Report on the working of the Ranchi Indian Mental Hospital, Kanke, in Bihar and Orissa - 1930-1940
Year: 1930
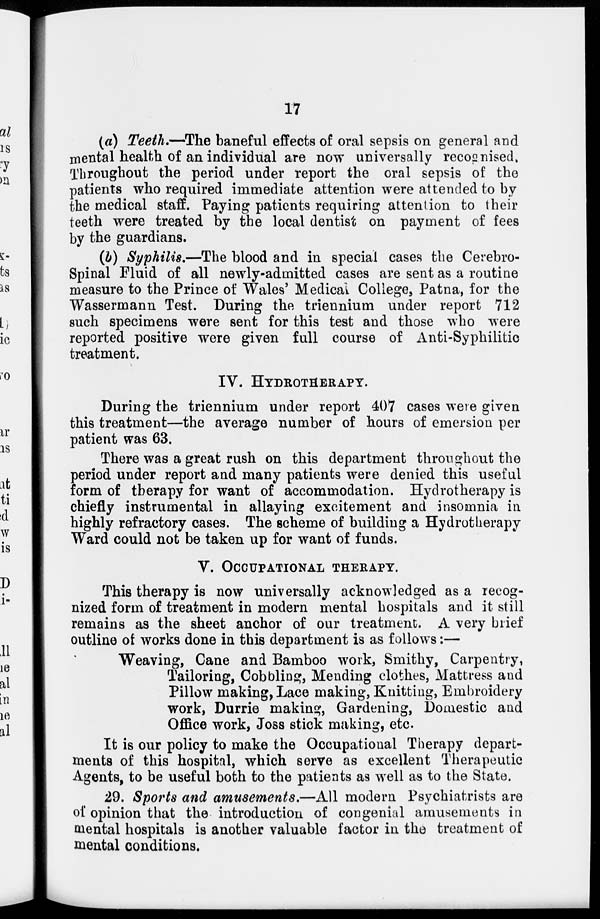
17
(a) Teeth.—The baneful effects of oral sepsis on general and
mental health of an individual are now universally recognised.
Throughout the period under report the oral sepsis of the
patients who required immediate attention were attended to by
the medical staff. Paying patients requiring attention to their
teeth were treated by the local dentist on payment of fees
by the guardians.
(b) Syphilis.—The blood and in special cases the Cerebro-
spinal Fluid of all newly-admitted cases are sent as a routine
measure to the Prince of Wales' Medical College, Patna, for the
Wassermann Test. During the triennium under report 712
such specimens were sent for this test and those who were
reported positive were given full course of Anti-Syphilitic
treatment.
IV. HYDROTHERAPY.
During the triennium under report 407 cases were given
this treatment—the average number of hours of emersion per
patient was 63.
There was a great rush on this department throughout the
period under report and many patients were denied this useful
form of therapy for want of accommodation. Hydrotherapy is
chiefly instrumental in allaying excitement and insomnia in
highly refractory cases. The scheme of building a Hydrotherapy
Ward could not be taken up for want of funds.
V. OCCUPATIONAL THERAPY.
This therapy is now universally acknowledged as a recog-
nized form of treatment in modern mental hospitals and it still
remains as the sheet anchor of our treatment. A very brief
outline of works done in this department is as follows:—
Weaving, Cane and Bamboo work, Smithy, Carpentry,
Tailoring, Cobbling, Mending clothes, Mattress and
Pillow making, Lace making, Knitting, Embroidery
work, Durrie making, Gardening, Domestic and
Office work, Joss stick making, etc.
It is our policy to make the Occupational Therapy depart-
ments of this hospital, which serve as excellent Therapeutic
Agents, to be useful both to the patients as well as to the State.
29. Sports and amusements.—All modern Psychiatrists are
of opinion that the introduction of congenial amusements in
mental hospitals is another valuable factor in the treatment of
mental conditions.